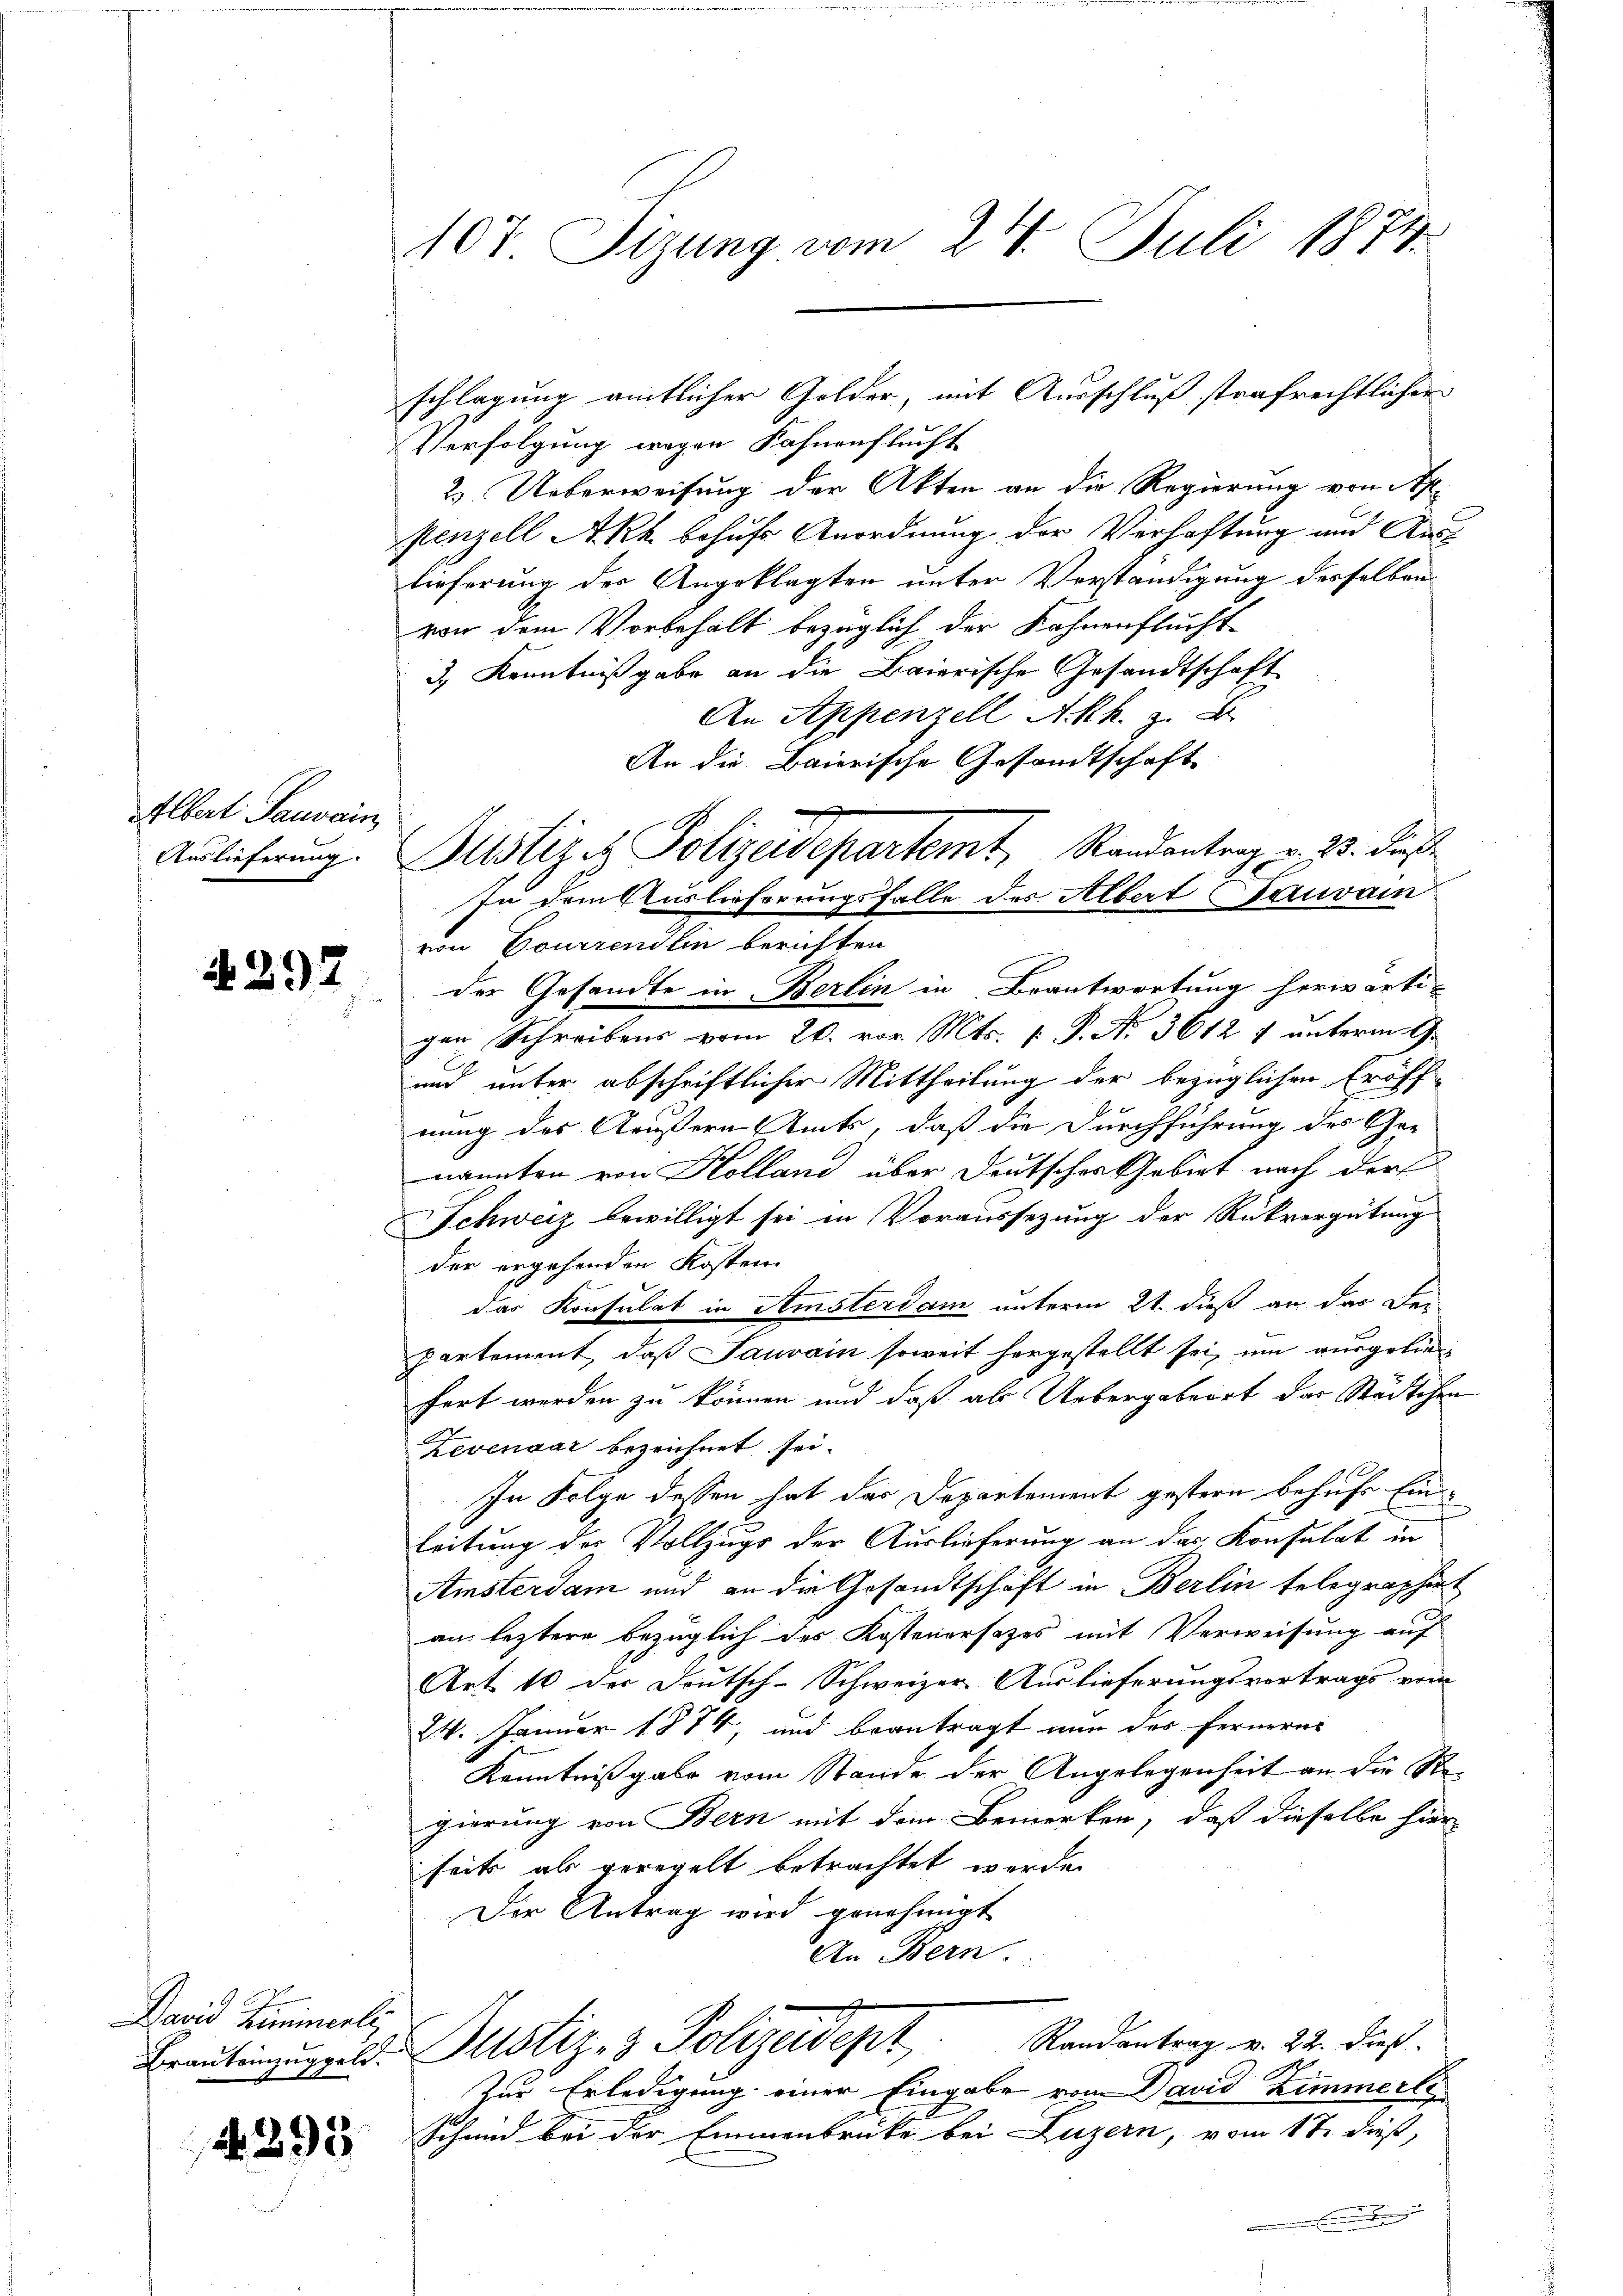
Albert. Gauvain,

4. 397

David Kriminerli

A. 293

107 Sizung vom 24. Juli 1874.

schlagung amtlicher Golder, mit Ausschluß strafrechtlicher
Verfolgung wegen Sohnenflucht
2.) Ueberweisung der Akten an die Regierung von Appenzell Akk behufs Anordnung der Verhaftung und Auslieferung der Angeklagten unter Verständigung derselben
von dem Vorbehalt bezüglich der Fahnenflucht
3.) Kenntnißgabe an die Baierische Gesandtschaft
An Appenzell Akk. z. B.
An die Baierische Gesandtschaft
In dem Auslieferungsfalle des Albert Gauvain
von Bourrendlin berichten
der Gesandte in Berlin in Beantwortung herwärti-
gen Schreibens vom 20. vor. Mts. 1. P. Nr. 3612 1 unterm 9.
und unter abschriftlicher Mittheilung der bezüglichen Eröff
nung des Aeußern Amts, daß die Durchführung des Genannten von Kolland über Deutsches Gebiet nach der
Schweiz bewilligt sei in Voraussezung der Rückvergütung
der ergehenden Kosten
das Konsulat in Amsterdam unterm 21. dieß an das De-
partement, daß Jauvain soweit hergestellt sei, um ausgelie
fert werden zu können und daß als Uebergabeort der Städtchen
Zevenaar bezeichnet sei.
In Folge dessen hat das Departement gestern behufe Ein¬
Leitung des Vollzugs der Auslieferung an das Konsulat in
Amsterdam und an die Gesandtschaft in Berlin telegraphirt
an leztere bezüglich des Kostenersezes mit Verweisung auf
Art. 10 der Deutsch-Schweizer Auslieferungsvertrags vom
24. Januar 1874, und beantragt nun des Fernerei
Kenntnißgabe vom Stande der Angelegenheit an die Regierung von Bern mit dem Bemerken, daß dieselbe hier
seits als geregelt betrachtet werde.
Der Antrag wird genehmigt
An Bern.
Randantrag v. 22. dieß.
Brautenzug l. Justiz- & Polizeidept
Zur Erledigung einer Eingabe vom David Zimmerli¬
Schmid bei der Emmenbrücke bei Luzern, vom 17. dieß,

Auslicherung. Justiziz. Polizeidepartemt, Randantrag v. 23. Fuß.